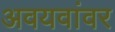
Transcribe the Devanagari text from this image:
अवयवांवर